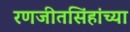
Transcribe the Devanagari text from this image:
रणजीतसिंहांच्या